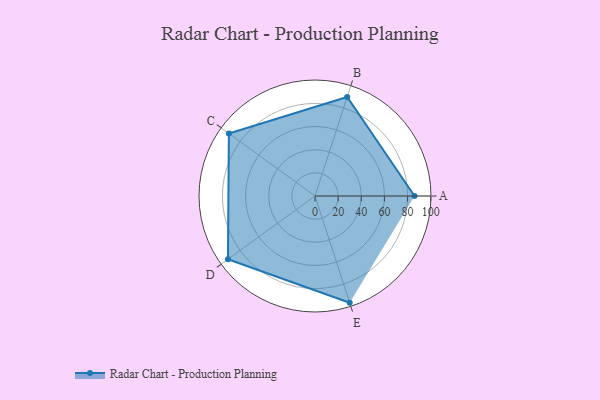
{"axis": {"x": "Skill", "y": "Score"}, "legend": ["Profile"], "data": [{"x": "A", "y": 86.0, "type": "Profile"}, {"x": "B", "y": 90.0, "type": "Profile"}, {"x": "C", "y": 92.0, "type": "Profile"}, {"x": "D", "y": 93.0, "type": "Profile"}, {"x": "E", "y": 97.0, "type": "Profile"}]}